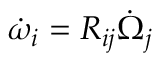
\dot { \omega } _ { i } = R _ { i j } \dot { \Omega } _ { j }